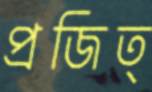
প্রজিত্